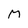
Character: M